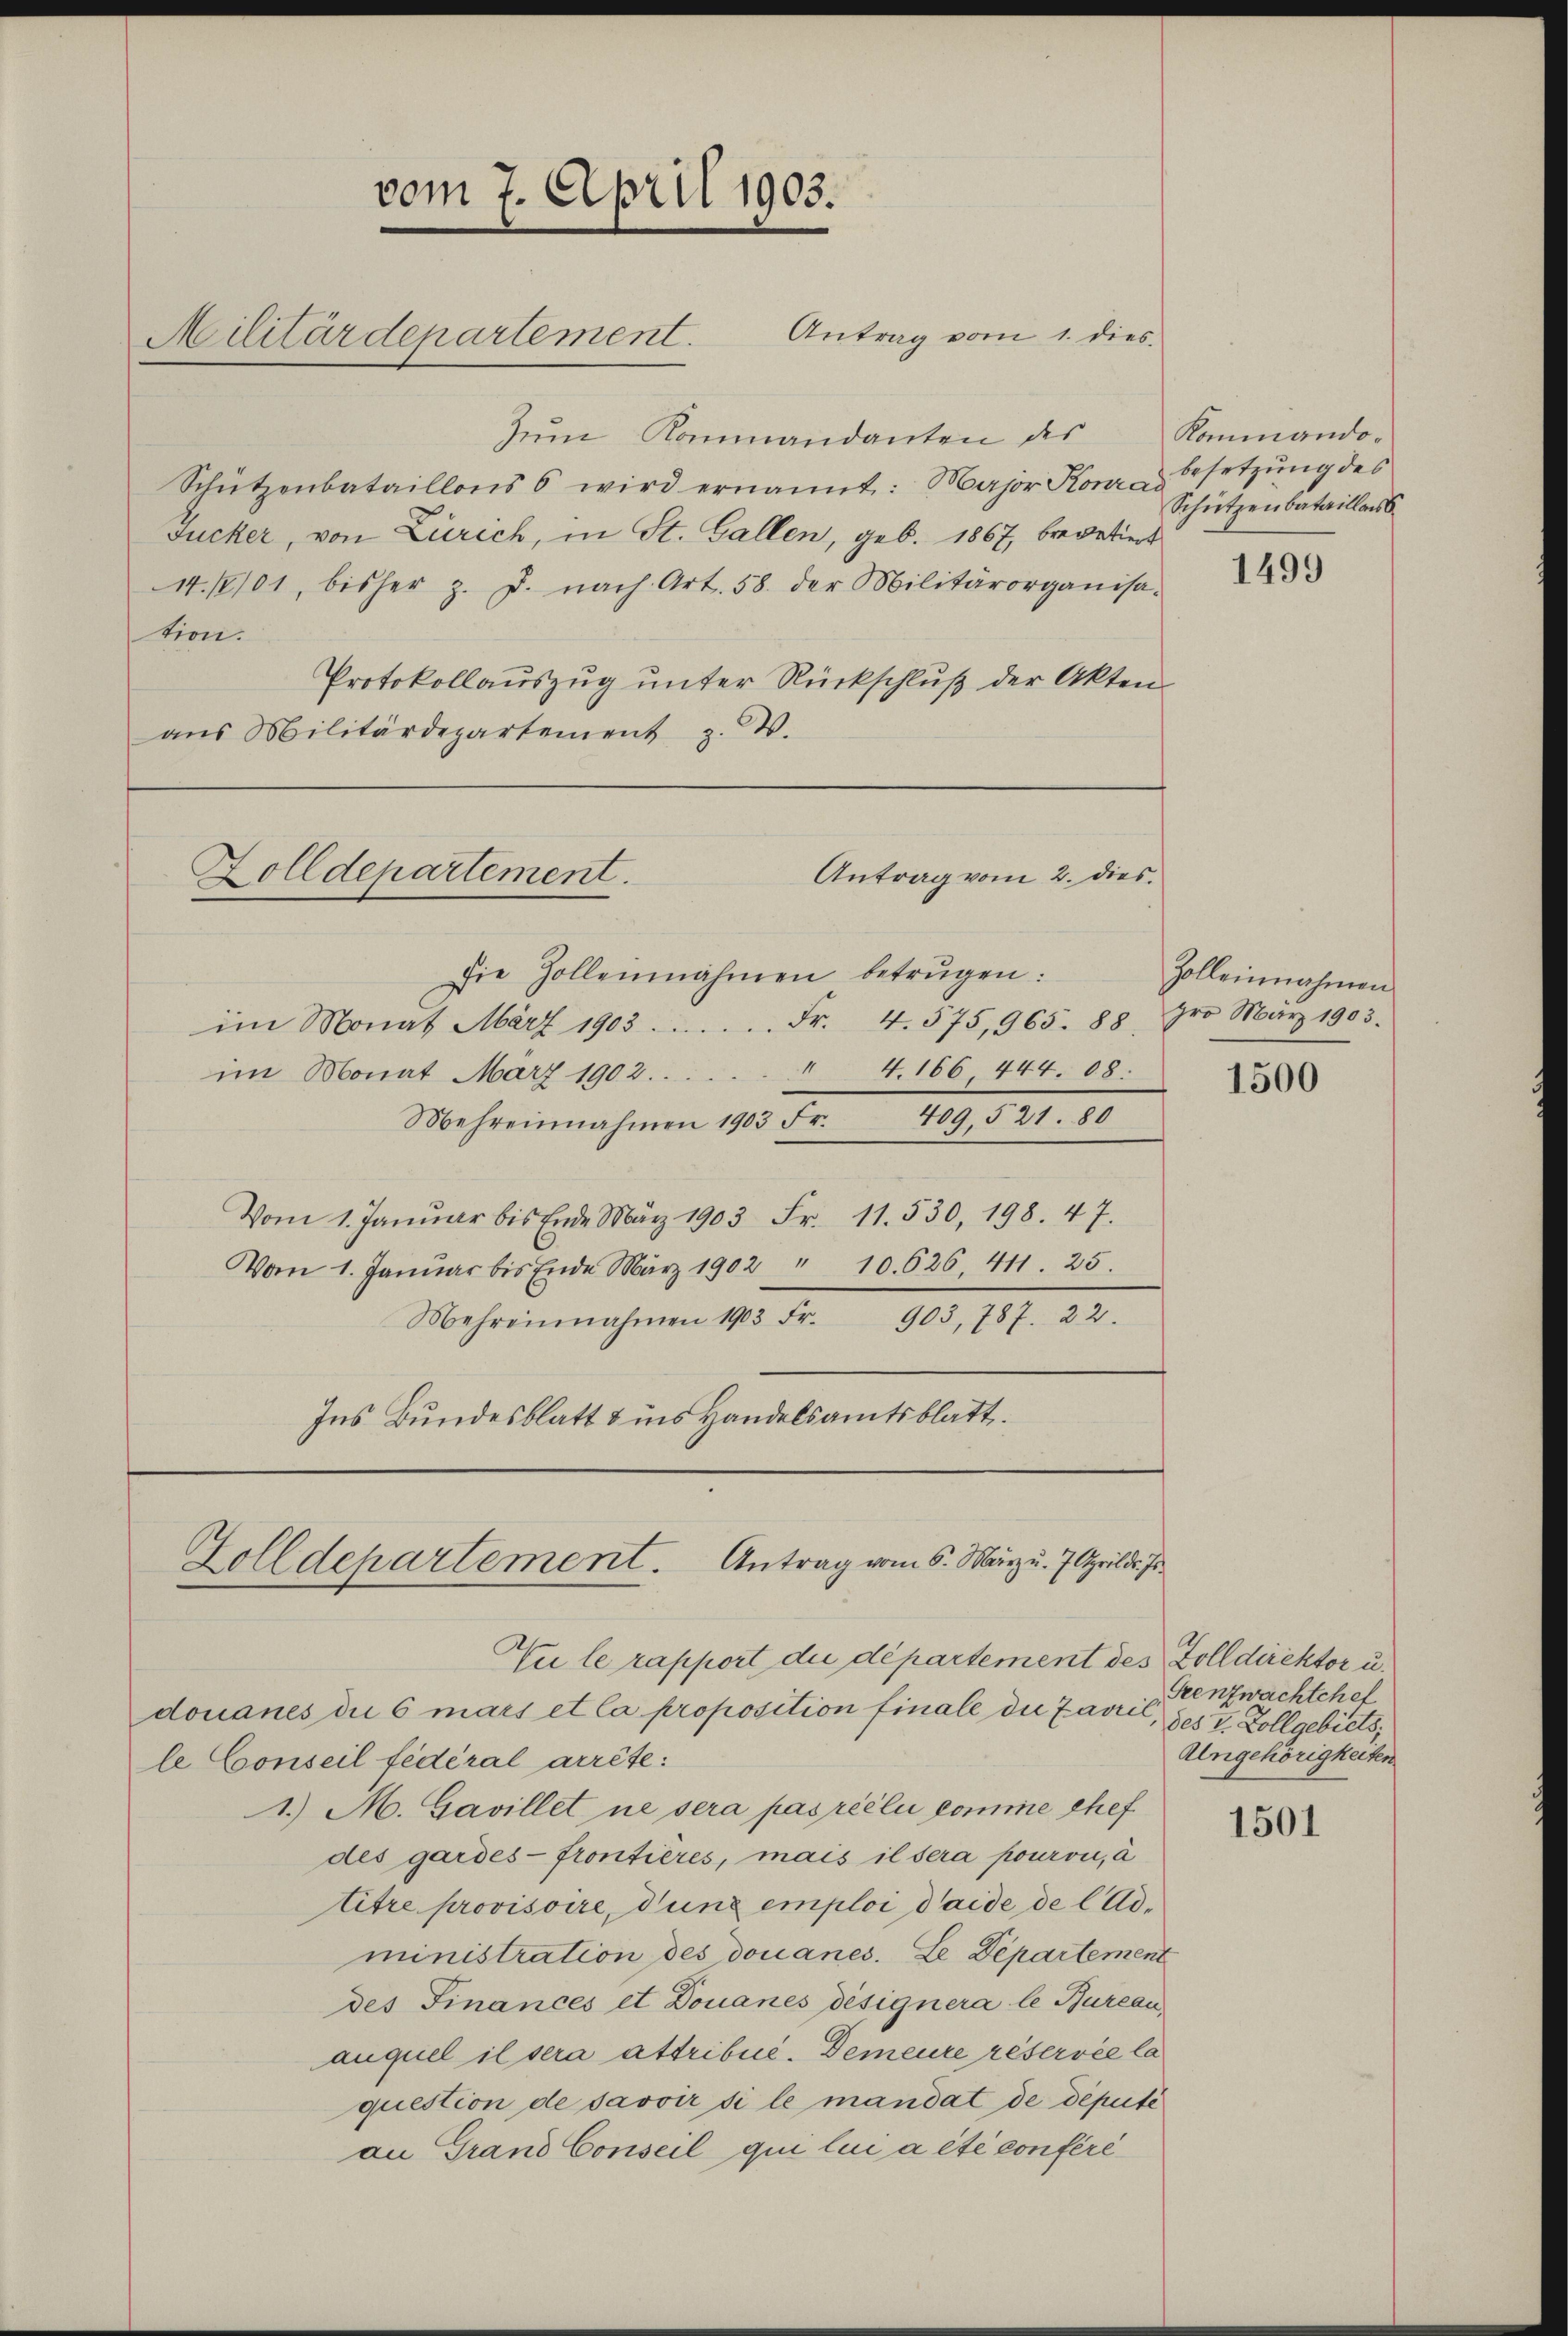
vom 7. April 1903.
Militärdepartement. Antrag vom 1. dies

Antrag vom 2. dies.
Zolldepartement.

Zum Kommandanten des
Schützenbataillons 6 wird ernannt: Major Kon- Gesetzŭng des
Jucker, von Zürich, in St. Gallen, geb. 1867, brevetiert
14./2101, bisher z. B. nach Art. 58. der Militärorganisa-
tion.
Protokollauszug unter Rückschluß der Aktenaŭs Militärdepartement z. W.

Die Zolleinnahmen betrügen:
im Monat März 1903. Fr. 4. 575,965. 88, pro März 1903.
" 4. 166. 444. 68.
im Monat März 1902....
Mehreinnahmen 1903 Fr. 409, 521. 80
Vom 1. Januar bis Ende März 1903 Fr. 11. 530, 198. 47.
Vom 1. Januar bis Ende März 1902 " 10. 626 411. 25.
Mehreinnahmen 1903 Fr. 903, 787. 22.
Ins Bundesblatt & ins Handelsamtsblatt.

Zolldepartement. Antrag vom 6. März u. 7. April d. Js

douanes die 6 mars et la proposition finale die Zarril, der 7 Zollgebiets,
le Conseil fédéral arrête:
1. M. Gavillet ne sera pas ricli komme chef
des gardes - frontières, mais il sera pourvu, à
titre provisoire, dung emploi daide de l Administration des douanes. Le Departement
des Finances et Douanes désignera le Bureau
auquel il sera attribué-Demeure réservée la
question de savoir si le mandat de député
an Grand Conseil qui lui a été conféré

Zu le rapport die département des Zolldirektor u.

Kommando¬
Schützenbataillaiss

1499

Zolleinnahmen

1500

Grenzwachtchef
Alngehörigkeiten

1501